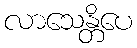
လာသေန္တိပေ